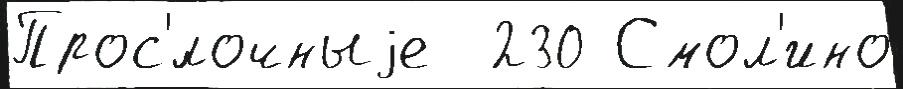
Прос'́лочныjе  230 Смол'ино